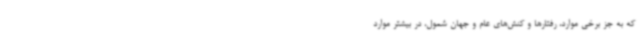
که به جز برخی موارد، رفتارها و کنش‌های عام و جهان شمول، در بیشتر موارد